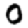
Digit: 0